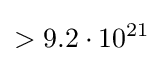
>9.2\cdot 10^{21}